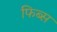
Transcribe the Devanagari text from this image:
फिब्स